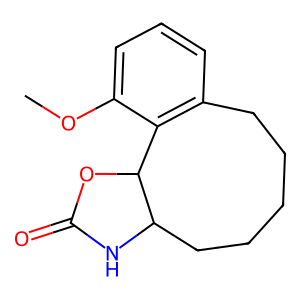
SMILES: COc1cccc2c1C1OC(=O)NC1CCCCC2
Inhibits HIV replication: No